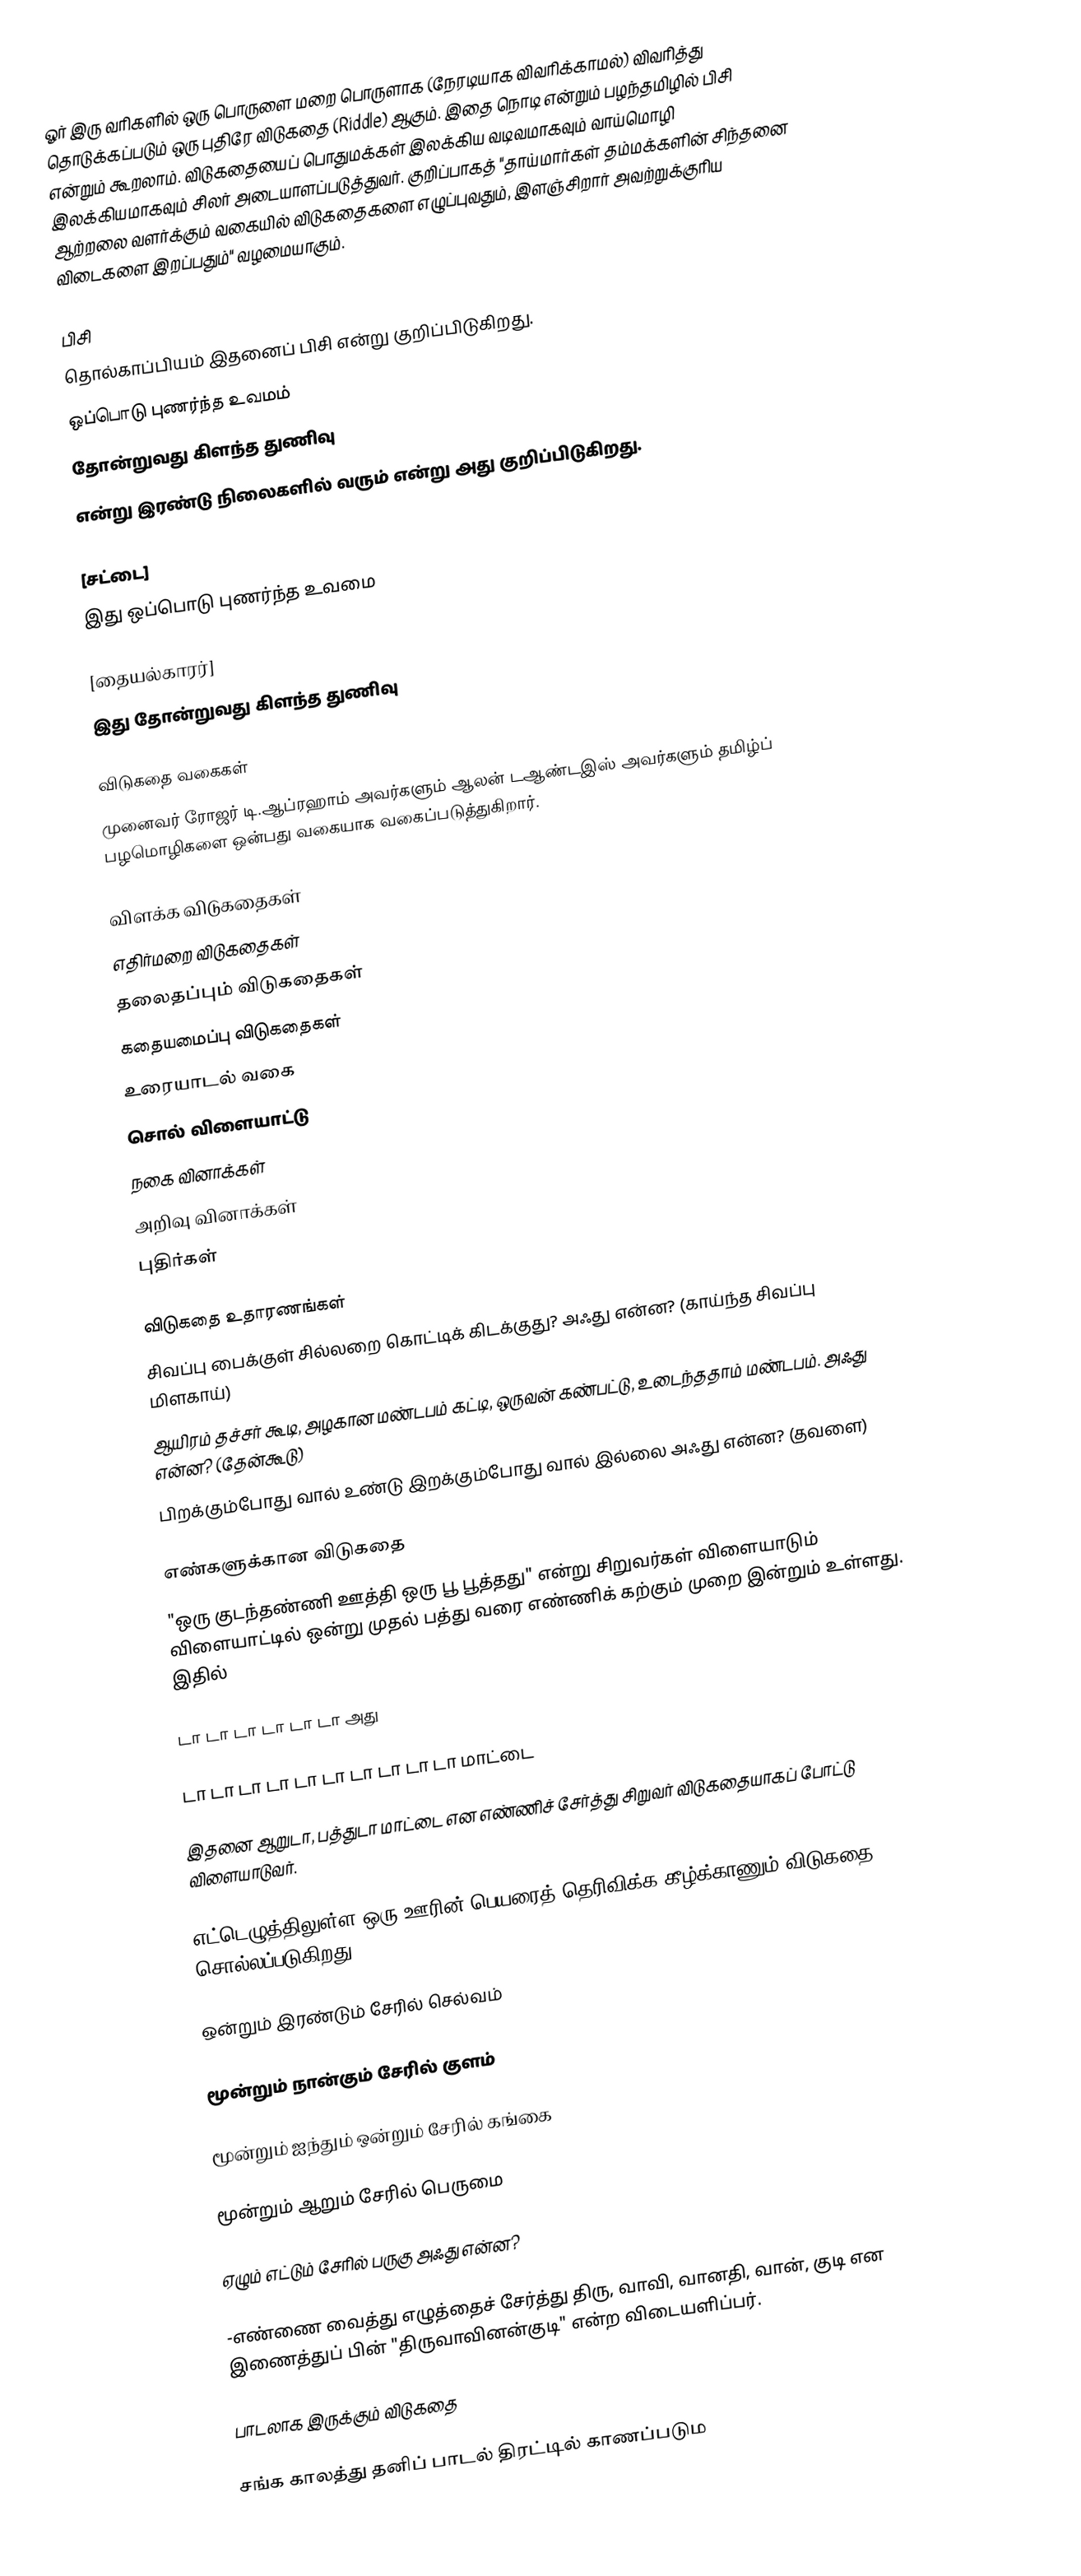
ஓர் இரு வரிகளில் ஒரு பொருளை மறை பொருளாக (நேரடியாக விவரிக்காமல்) விவரித்து தொடுக்கப்படும் ஒரு புதிரே விடுகதை (Riddle) ஆகும்.  இதை நொடி என்றும் பழந்தமிழில் பிசி என்றும் கூறலாம்.  விடுகதையைப் பொதுமக்கள் இலக்கிய வடிவமாகவும் வாய்மொழி இலக்கியமாகவும் சிலர் அடையாளப்படுத்துவர்.  குறிப்பாகத் "தாய்மார்கள் தம்மக்களின் சிந்தனை ஆற்றலை வளர்க்கும் வகையில் விடுகதைகளை எழுப்புவதும், இளஞ்சிறார் அவற்றுக்குரிய விடைகளை இறப்பதும்" வழமையாகும்.

பிசி
தொல்காப்பியம் இதனைப் பிசி என்று குறிப்பிடுகிறது.
ஒப்பொடு புணர்ந்த உவமம்
தோன்றுவது கிளந்த துணிவு
என்று இரண்டு நிலைகளில் வரும் என்று அது குறிப்பிடுகிறது.

[சட்டை]
இது ஒப்பொடு புணர்ந்த உவமை

[தையல்காரர்]
இது தோன்றுவது கிளந்த துணிவு

விடுகதை வகைகள்
முனைவர் ரோஜர் டி.ஆப்ரஹாம் அவர்களும் ஆலன் டஆண்டஇஸ் அவர்களும் தமிழ்ப் பழமொழிகளை ஒன்பது வகையாக வகைப்படுத்துகிறார்.

  விளக்க விடுகதைகள் 
  எதிர்மறை விடுகதைகள்
  தலைதப்பும் விடுகதைகள்
  கதையமைப்பு விடுகதைகள்
  உரையாடல் வகை
  சொல் விளையாட்டு
  நகை வினாக்கள்
  அறிவு வினாக்கள்
  புதிர்கள்

விடுகதை உதாரணங்கள்
 சிவப்பு பைக்குள் சில்லறை கொட்டிக் கிடக்குது? அஃது என்ன? (காய்ந்த சிவப்பு மிளகாய்)
 ஆயிரம் தச்சர் கூடி, அழகான மண்டபம் கட்டி, ஒருவன் கண்பட்டு, உடைந்ததாம் மண்டபம். அஃது என்ன? (தேன்கூடு)
 பிறக்கும்போது வால் உண்டு இறக்கும்போது வால் இல்லை அஃது என்ன? (தவளை)

எண்களுக்கான விடுகதை
 "ஒரு குடந்தண்ணி ஊத்தி ஒரு பூ பூத்தது" என்று சிறுவர்கள் விளையாடும் விளையாட்டில் ஒன்று முதல் பத்து வரை எண்ணிக் கற்கும் முறை இன்றும் உள்ளது. இதில்

டா டா டா டா டா டா அது

டா டா டா டா டா டா டா டா டா டா மாட்டை

இதனை ஆறுடா, பத்துடா மாட்டை என எண்ணிச் சேர்த்து சிறுவர் விடுகதையாகப் போட்டு விளையாடுவர்.

 எட்டெழுத்திலுள்ள ஒரு ஊரின் பெயரைத் தெரிவிக்க கீழ்க்காணும் விடுகதை சொல்லப்படுகிறது.

ஒன்றும் இரண்டும் சேரில் செல்வம்

மூன்றும் நான்கும் சேரில் குளம்

மூன்றும் ஐந்தும் ஒன்றும் சேரில் கங்கை

மூன்றும் ஆறும் சேரில் பெருமை

ஏழும் எட்டும் சேரில் பருகு அஃது என்ன?

-எண்ணை வைத்து எழுத்தைச் சேர்த்து திரு, வாவி, வானதி, வான், குடி என இணைத்துப் பின் "திருவாவினன்குடி" என்ற விடையளிப்பர்.

பாடலாக இருக்கும் விடுகதை

சங்க காலத்து தனிப் பாடல் திரட்டில் காணப்படும